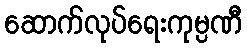
ဆောက်လုပ်ရေးကုမ္ပဏီ